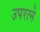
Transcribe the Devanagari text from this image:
उपरत्‍ने